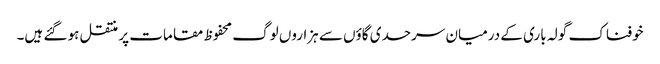
خوفناک گولہ باری کے درمیان سرحدی گاؤں سے ہزاروں لوگ محفوظ مقامات پر منتقل ہو گئے ہیں۔